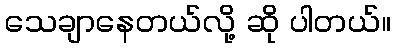
သေချာနေတယ်လို့ ဆို ပါတယ်။